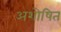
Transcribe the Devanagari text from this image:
अशोषित